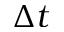
\Delta t